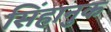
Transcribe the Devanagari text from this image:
सिंहानुक